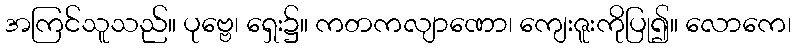
အကြင်သူသည်။ ပုဗ္ဗေ၊ ရှေး၌။ ကတကလျာဏော၊ ကျေးဇူးကိုပြု၍။ လောကေ၊